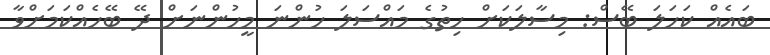
ބައެއް ކަހަލަ ބޭސް: މިސާލަކަށް ހިތުގެ މައްސަލަ ހުންނަ މީހުންނަށް ދޭ ބޭހެއްކަމަށްވާ